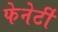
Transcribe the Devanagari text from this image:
फेनेर्टी